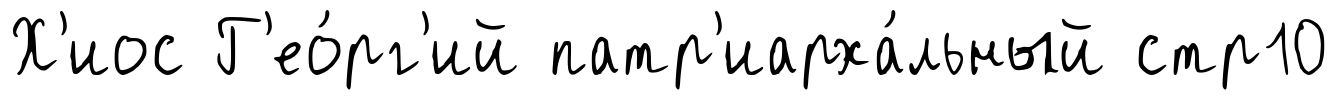
Х'иос Г'ео́рг'ий патр'иарха́льный стр10